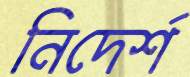
নিদের্শ